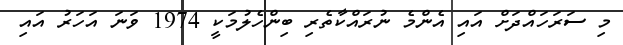
މި ސަރަހައްދަށް އައި އެންމެ ނުރައްކާތެރި ބިންހެލުމަކީ 1974 ވަނަ އަހަރު އައި